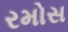
રમોસ